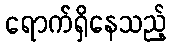
ရောက်ရှိနေသည့်